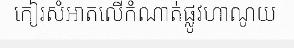
កៀរសំអាតលើកំណាត់ផ្លូវហាណូយ